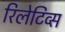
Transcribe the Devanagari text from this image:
रिलेटिव्स